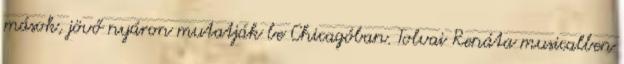
mások, jövő nyáron mutatják be Chicagóban. Tolvai Renáta musicalben